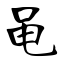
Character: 黾